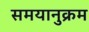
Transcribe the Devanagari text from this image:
समयानुक्रम